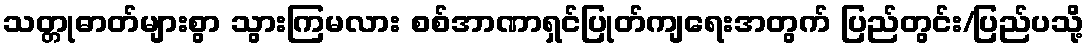
သတ္တုဓာတ်များစွာ သွားကြမလား စစ်အာဏာရှင်ပြုတ်ကျရေးအတွက် ပြည်တွင်း/ပြည်ပသို့